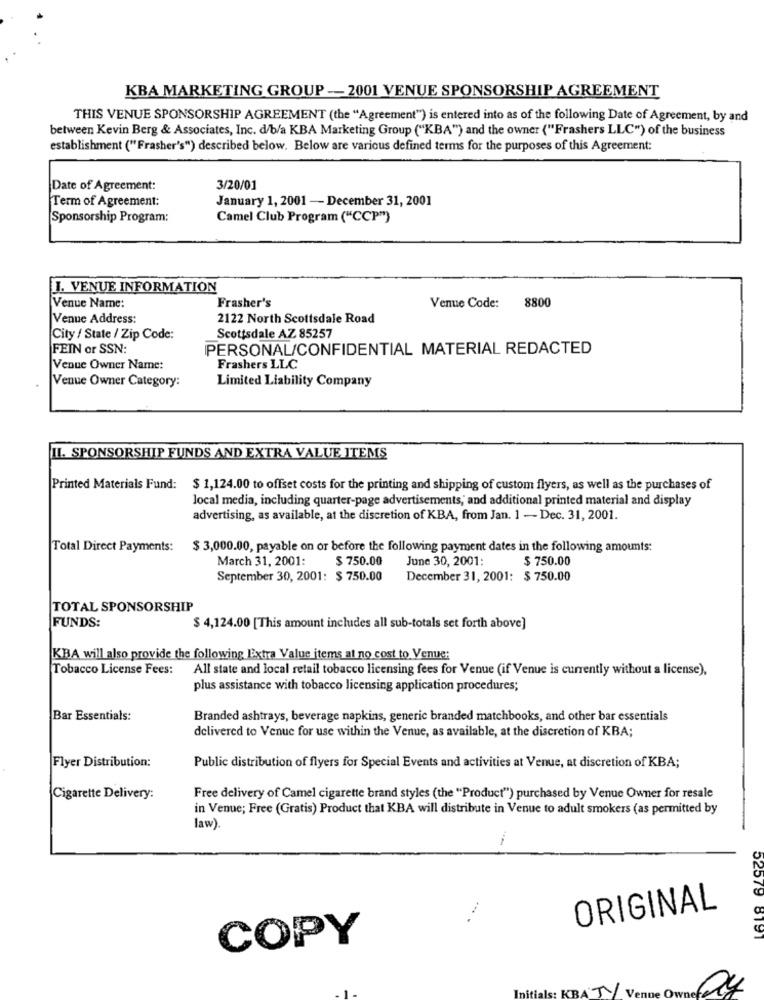
KBA MARKETING GROUP -- 2001 VENUE SPONSORSHIP AGREEMENT
THIS VENUE SPONSORSHIP AGREEMENT (the "Agreement") is entered into as of the following Date of Agreement, by and
between Kevin Berg & Associates, Inc. d/b/a KBA Marketing Group ("KBA") and the owner ("Frashers LLC") of the business
establishment ("Frasher's") described below. Below are various defined terms for the purposes of this Agreement:
Date of Agreement:
3/20/01
Term of Agreement:
January 1, 2001 -- December 31, 2001
Sponsorship Program:
Camel Club Program ("CCP")
I. VENUE INFORMATION
Frasher's
Venue Name:
Venue Code: 8800
Venue Address:
2122 North Scottsdale Road
City / State / Zip Code:
Scottsdale AZ 85257
FEIN or SSN:
IPERSONAL/CONFIDENTIAL MATERIAL REDACTED
Venue Owner Name:
Frashers LLC
Venue Owner Category:
Limited Liability Company
IL. SPONSORSHIP FUNDS AND EXTRA VALUE ITEMS
Printed Materials Fund: $ 1,124.00 to offset costs for the printing and shipping of custom flyers, as well as the purchases of
local media, including quarter-page advertisements, and additional printed material and display
advertising, as available, at the discretion of KBA, from Jan. 1 - Dec. 31, 2001.
Total Direct Payments: $ 3,000.00, payable on or before the following payment dates in the following amounts:
March 31, 2001:
$ 750.00
June 30, 2001:
$ 750.00
September 30, 2001: $ 750.00
December 31, 2001: $ 750.00
TOTAL SPONSORSHIP
FUNDS:
$ 4,124.00 [This amount includes all sub-totals set forth above]
KBA will also provide the following EExtra Value items at no cost to Venue:
Tobacco License Fees:
All state and local retail tobacco licensing fees for Venue (if Venue is currently without a license),
plus assistance with tobacco licensing application procedures;
Bar Essentials:
Branded ashtrays, beverage napkins, generic branded matchbooks, and other bar essentials
delivered to Venue for use within the Venue, as available, at the discretion of KBA;
Flyer Distribution:
Public distribution of flyers for Special Events and activities at Venue, at discretion of KBA;
Cigarette Delivery:
Free delivery of Camel cigarette brand styles (the "Product") purchased by Venue Owner for resale
in Venue; Free (Gratis) Product that KBA will distribute in Venue to adult smokers (as permitted by
law).
ORIGINAL
COPY
52579 8191
ials: KBA TY Venue Ow